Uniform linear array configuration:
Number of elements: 32
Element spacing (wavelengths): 0.75
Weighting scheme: uniform
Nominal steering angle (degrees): -30
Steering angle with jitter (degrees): -28.623
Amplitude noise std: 0.05
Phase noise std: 0.05

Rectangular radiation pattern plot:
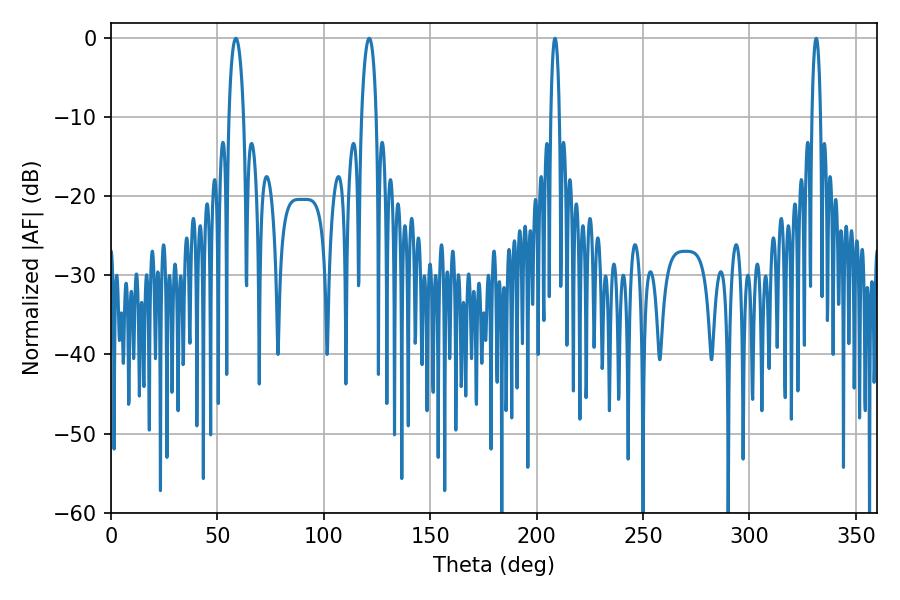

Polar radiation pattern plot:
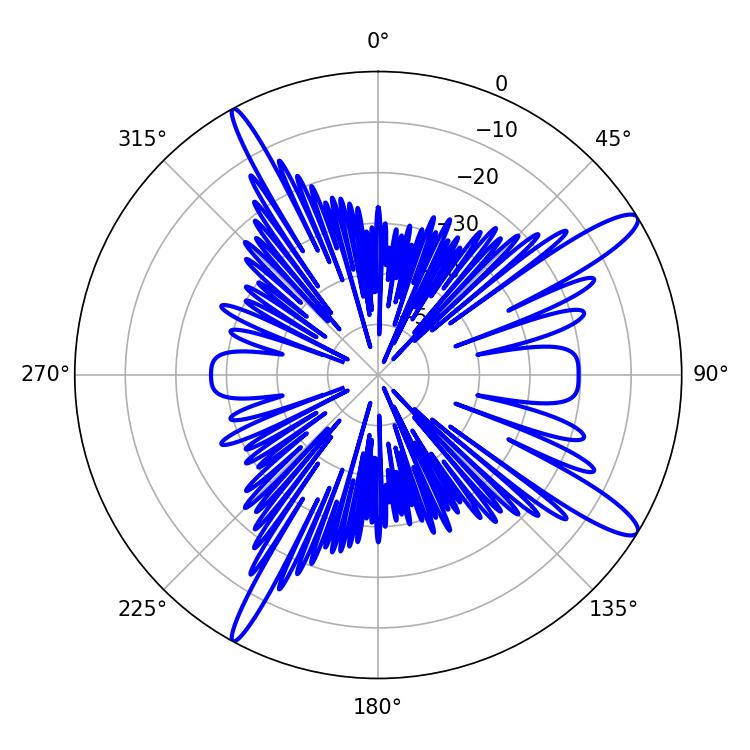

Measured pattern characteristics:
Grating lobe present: TRUE
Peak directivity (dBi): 13.375
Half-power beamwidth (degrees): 3.96
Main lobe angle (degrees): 58.68